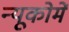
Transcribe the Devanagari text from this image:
न्यूकोमें